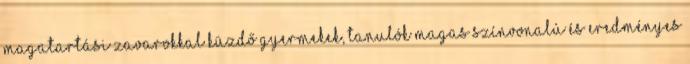
magatartási zavarokkal küzdő gyermekek, tanulók magas színvonalú és eredményes